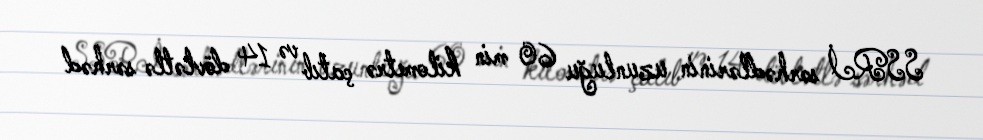
SSRİ sərhədlərinin uzunluğu 60 min kilometrə çatıb və 14 dövlətlə sərhəd